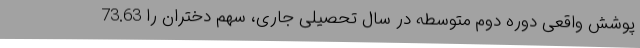
پوشش واقعی دوره دوم متوسطه در سال تحصیلی جاری، سهم دختران را 73.63